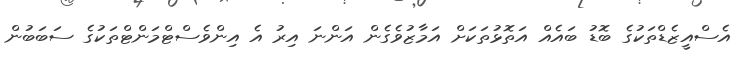
އެސްއީޒެޑްތަކުގެ ބޮޑު ބައެއް އަތޮޅުތަކަށް އަމާޒުވެގެން އަންނަ އިރު އެ އިންވެސްޓްމަންޓްތަކުގެ ސަބަބުން